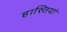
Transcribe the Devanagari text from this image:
हास्तियां